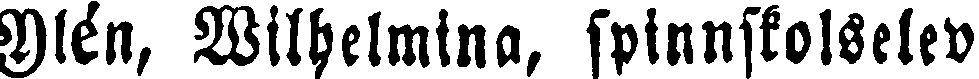
Ylén, Wilhelmina, spinnskolselev